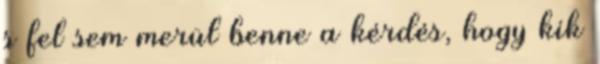
s fel sem merül benne a kérdés, hogy kik